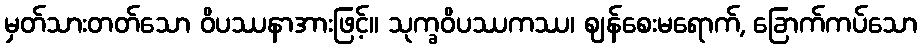
မှတ်သားတတ်သော ဝိပဿနာအားဖြင့်။ သုက္ခဝိပဿကဿ၊ ဈန်စေးမရောက်, ခြောက်ကပ်သော